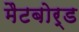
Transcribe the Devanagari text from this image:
मैटबोर्ड